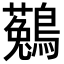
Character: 𪆆